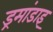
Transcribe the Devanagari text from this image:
ड्रमांडाइ